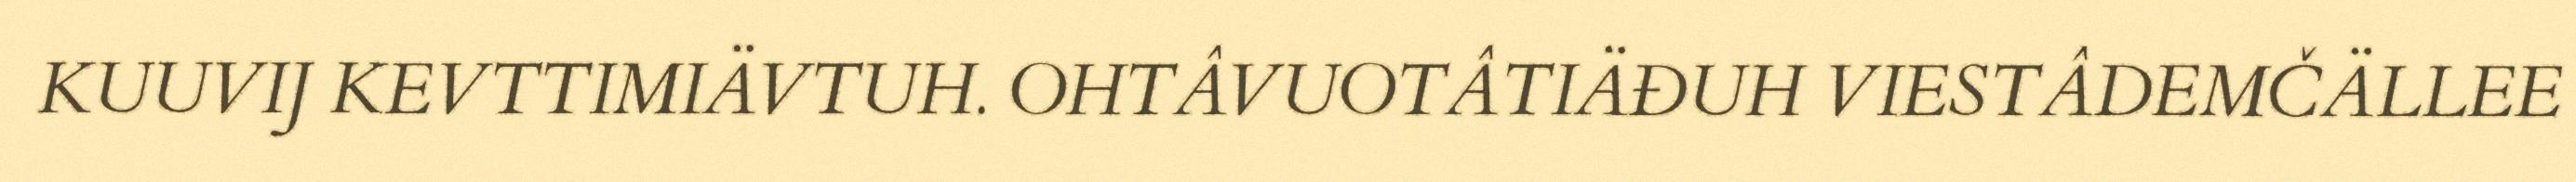
KUUVIJ KEVTTIMIÄVTUH. OHTÂVUOTÂTIÄĐUH VIESTÂDEMČÄLLEE